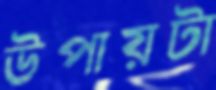
উপায়টা